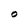
Character: O